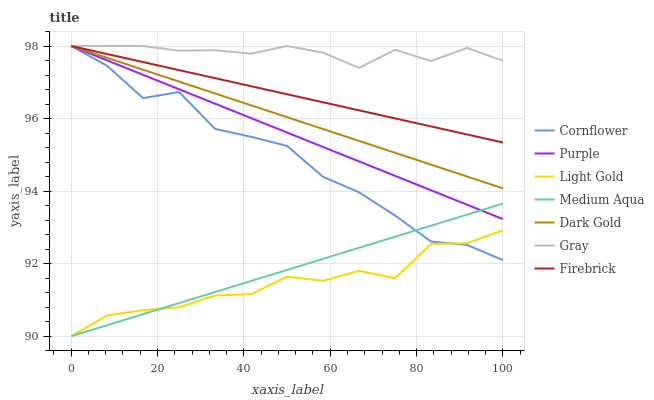
| xaxis_label | Cornflower | Purple | Light Gold | Medium Aqua | Dark Gold | Gray | Firebrick |
 | --- | --- | --- | --- | --- | --- | --- | --- |
 | 0 | 98 | 98 | 90 | 90 | 98 | 98 | 98 |
 | 8.33 | 97.5 | 97.6 | 90.6 | 90.3 | 97.7 | 98 | 97.8 |
 | 16.7 | 96.6 | 97.2 | 90.7 | 90.6 | 97.3 | 98 | 97.6 |
 | 25 | 96.7 | 96.8 | 90.8 | 90.9 | 97 | 97.9 | 97.3 |
 | 33.3 | 95.7 | 96.4 | 91.1 | 91.2 | 96.7 | 97.9 | 97.1 |
 | 41.7 | 95.5 | 96 | 91.2 | 91.5 | 96.4 | 97.8 | 96.9 |
 | 50 | 95.2 | 95.6 | 91.6 | 91.8 | 96 | 98 | 96.7 |
 | 58.3 | 94.4 | 95.2 | 91.5 | 92.1 | 95.7 | 97.8 | 96.4 |
 | 66.7 | 94 | 94.8 | 91.8 | 92.4 | 95.4 | 97.4 | 96.2 |
 | 75 | 93.3 | 94.4 | 91.6 | 92.7 | 95.1 | 97.9 | 96 |
 | 83.3 | 92.6 | 94 | 92.5 | 93 | 94.7 | 97.6 | 95.8 |
 | 91.7 | 92.5 | 93.6 | 92.6 | 93.4 | 94.4 | 97.9 | 95.6 |
 | 100 | 92.1 | 93.2 | 92.9 | 93.7 | 94.1 | 97.6 | 95.3 |